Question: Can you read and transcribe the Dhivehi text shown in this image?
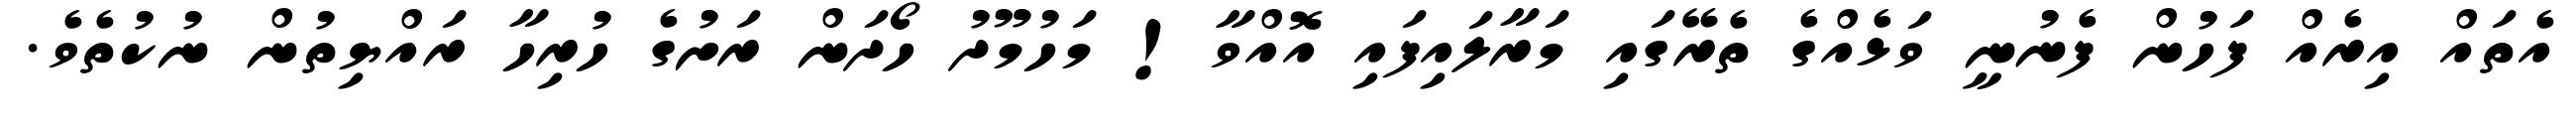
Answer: އެތައް އިރެއް ފަހުން ފެނުނީ ވަޅެއްގެ ތެރޭގައި މަރާލައިފައި އޮއްވާ! މަހުމޫދު ހޯދަން ރަށުގެ ހުރިހާ ރައްޔިތުން ނުކުތެވެ.